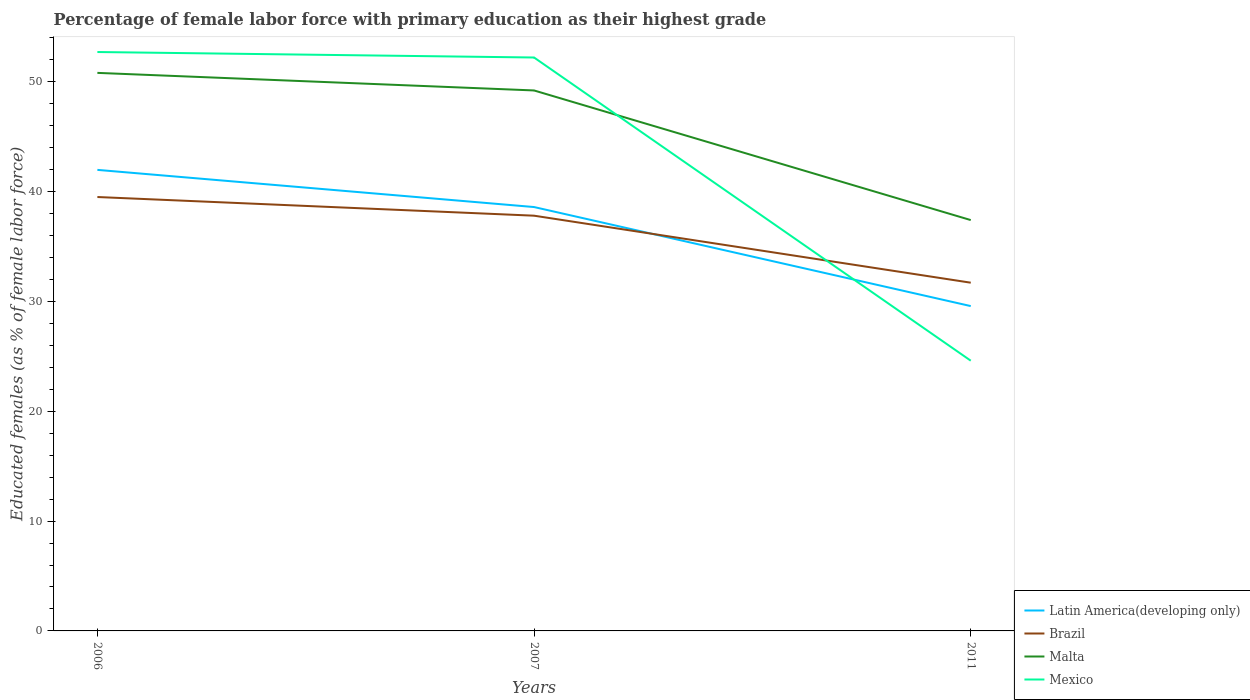
| Years | Latin America(developing only) | Brazil | Malta | Mexico |
 | --- | --- | --- | --- | --- |
 | 2006 | 42 | 39.5 | 50.8 | 52.7 |
 | 2007 | 38.6 | 37.8 | 49.2 | 52.2 |
 | 2011 | 29.6 | 31.7 | 37.4 | 24.6 |